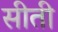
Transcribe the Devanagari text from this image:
सीती